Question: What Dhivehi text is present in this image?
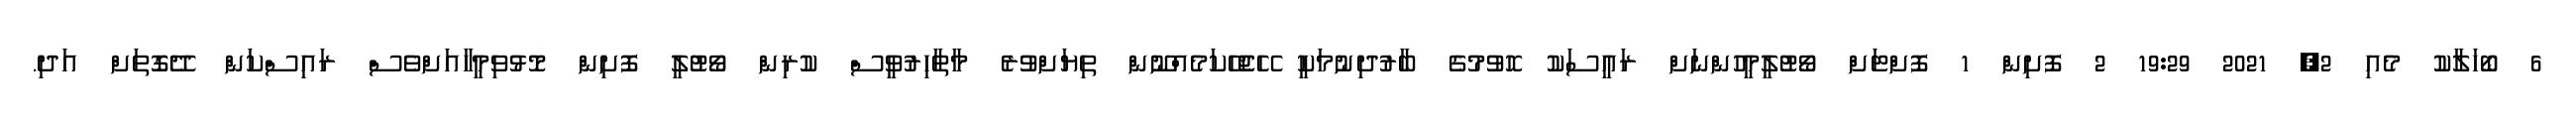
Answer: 6 ބޯހަލާކު މެއި 2, 2021 19:29 2 ފޮށިން 1 ފޮށްޓަށް ވޯޓުލީމީހުންނަށް ރައީސަކު ހޮވުމުގެ ބާރުދިނުމަކީ ހޭޖެހޭކަމެއްނޫން ތިޔަށްވުރެ މާތާހިރުވީސް ކުރިން ވޯޓުލީ ފޮށިން މޮޅުވިމީހާއަށްވެސް ރައިސްކަން ދޭގޮތަށް އަދި.